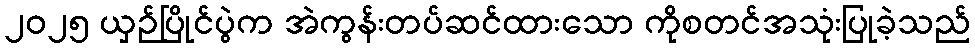
၂၀၂၅ ယှဉ်ပြိုင်ပွဲက အဲကွန်းတပ်ဆင်ထားသော ကိုစတင်အသုံးပြုခဲ့သည်